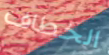
الخطاف